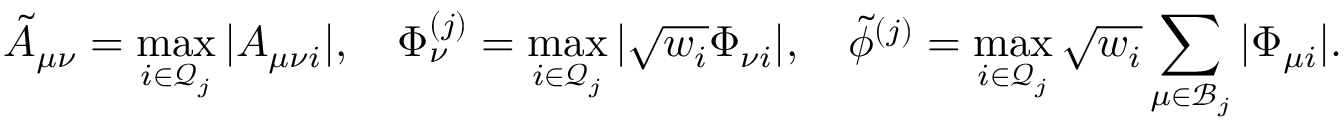
\tilde { A } _ { \mu \nu } = \operatorname* { m a x } _ { i \in \mathcal { Q } _ { j } } \vert A _ { \mu \nu i } \vert , \quad \Phi _ { \nu } ^ { ( j ) } = \operatorname* { m a x } _ { i \in \mathcal { Q } _ { j } } \vert \sqrt { w _ { i } } \Phi _ { \nu i } \vert , \quad \tilde { \phi } ^ { ( j ) } = \operatorname* { m a x } _ { i \in \mathcal { Q } _ { j } } \sqrt { w _ { i } } \sum _ { \mu \in \mathcal { B } _ { j } } \vert \Phi _ { \mu i } \vert .